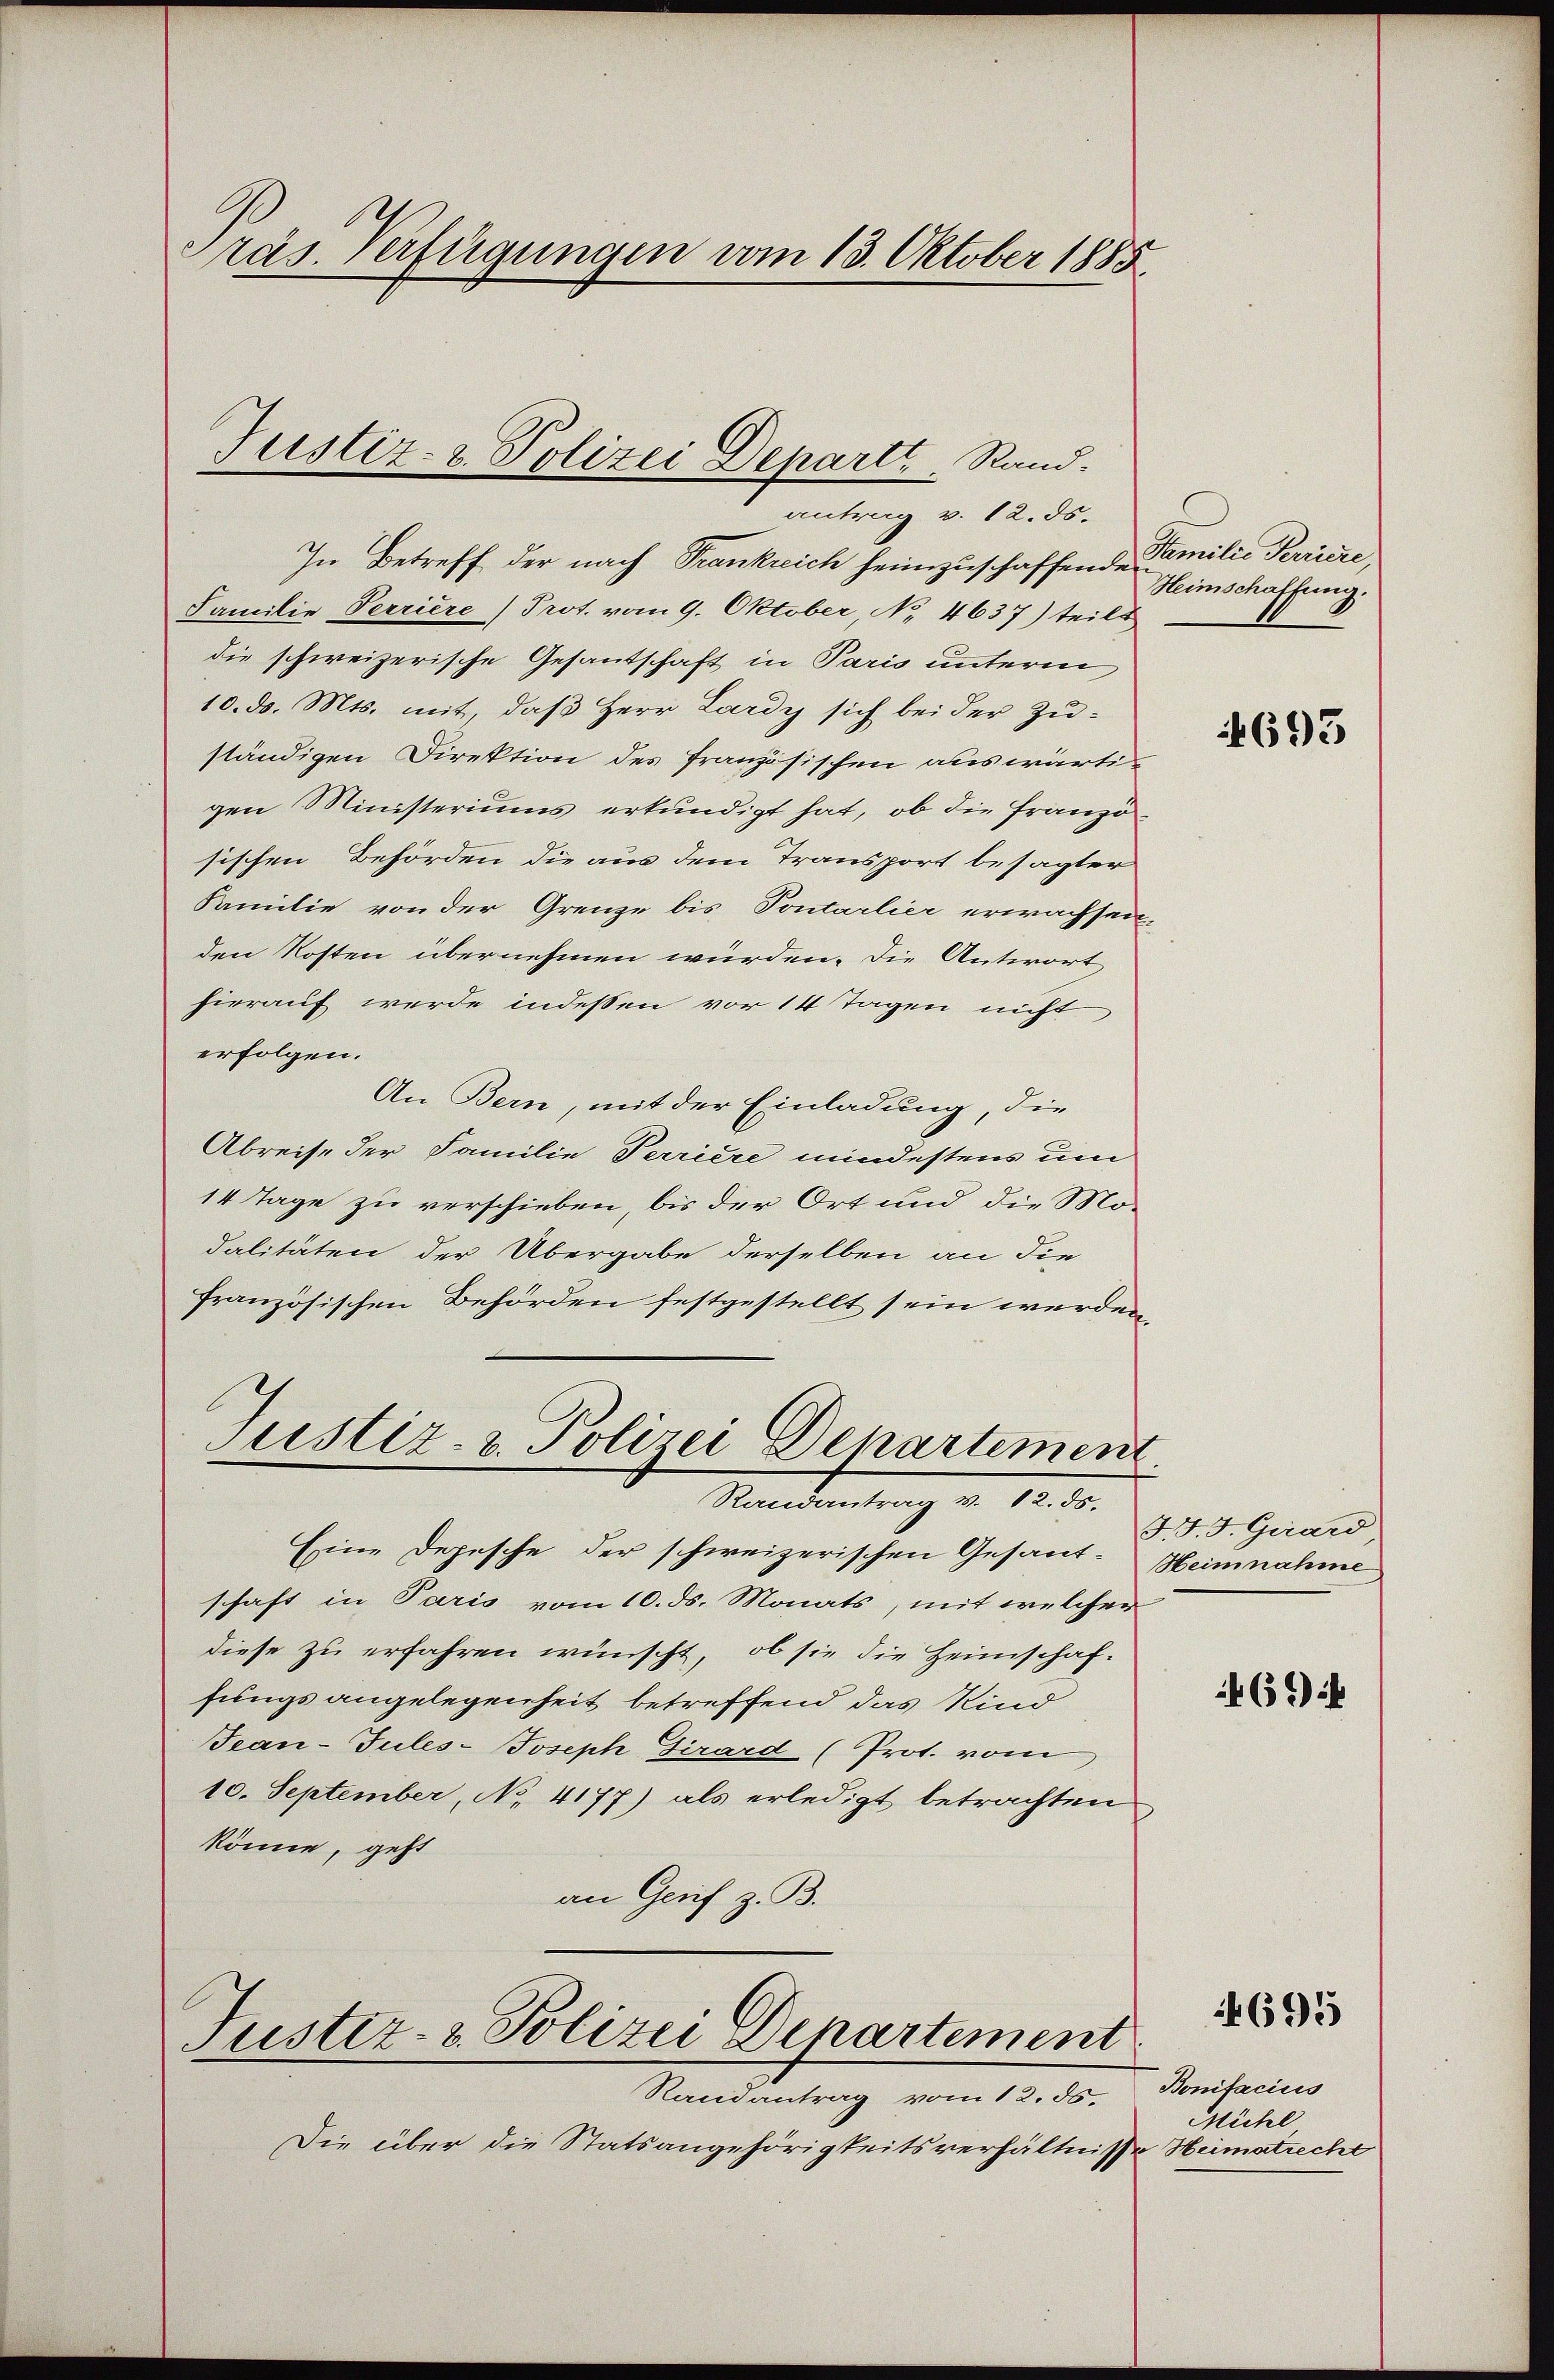
räs. Verfügungen vom 13. Oktober 1885

Justiz- & Polizei Departt.   Rand.

antrag v. 12. ds.
In Betreff der nach Trankreich heimzuschaffende Familie Krieze
Familie Perriere Prot. vom 9. Oktober, No. 4637) teilt
die schweizerische Gesantschaft in Paris unterm
10. d. Mts. mit, daß Herr Lardy sich bei der Zuständigen Direktion des Französischen auswärtigen Ministeriums erkundigt hat, ob die Franzö
sischen Behörden die aus dem Transport besagter
Familie von der Grenze bis Pontarlier erwachseit-
den Kosten übernehmen würden. Die Antwort
hierauf werde indessen vor 14 Tagen nicht
erfolgen.
An Bern, mit der Einladung, die
Abreise der Familie Perriere mindestens um
14 Tage zu verschieben, bis der Ort und die Mo-
dalitäten der Übergabe derselben an die
französischen Behörden festgestellt sein werden,
Justiz- & Polizei Departement.

Mandantrag v. 12.

Eine Depesche der schweizerischen Gesand-Heimnahme
schaft in Paris vom 10. ds. Monats, mit welcher
diese zu erfahren wünscht, ob sie die Heimschaffungsangelegenheit betreffend das Kind
Tean-Tules-Joseph Girard (Prot. vom
10. September, No. 4177) als erledigt betrachten
könne, geht
an Genf z. B.
Fustiz- & Polizei Departement
Randantrag vom 12. ds.
Die über die Statsangehörigkeitsverhältnisse

Heimschaffung.

693

F. J. Girard

694

4695

Bonifacius
Mühl
Heimatrecht